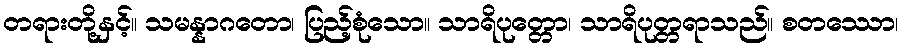
တရားတို့နှင့်။ သမန္နာဂတော၊ ပြည့်စုံသော။ သာရိပုတ္တော၊ သာရိပုတ္တရာသည်။ စတဿော၊